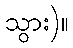
သွား)။